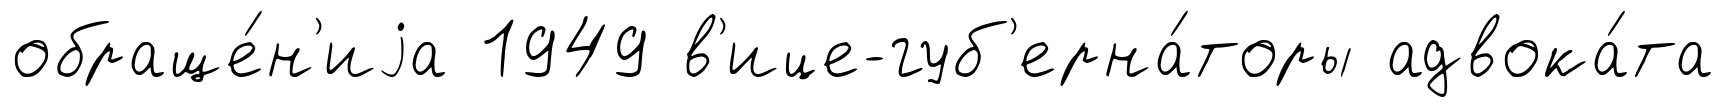
обраще́н'иjа 1949 в'ице-губ'ерна́торы адвока́та